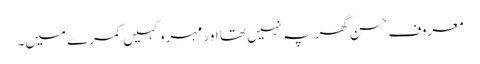
معروف حسن گھر پہ نہیں تھا اور مہرو کہیں کمرے میں۔